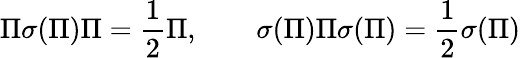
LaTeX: \Pi\sigma(\Pi)\Pi=\frac{1}{2}\Pi,\qquad\sigma(\Pi)\Pi\sigma(\Pi)=\frac{1}{2}\sigma(\Pi)